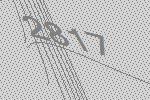
2817